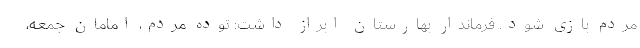
مردم بازی شود. فرماندار بهارستان ابراز داشت: توده مردم، امامان جمعه،